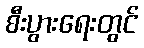
စီးပွားရေးတွင်